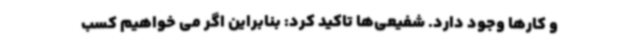
و کارها وجود دارد. شفیعی‌ها تاکید کرد: بنابراین اگر می خواهیم کسب